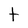
Character: t